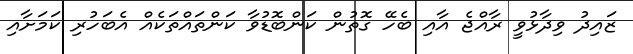
ޒައިދު ވިދާޅުވީ ރާއްޖެ އާއި ބެހޭ ގޮތުން ކަންބޮޑުވާ ކަންތައްތަކެއް އެބަހުރި ކަމަށާއި